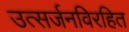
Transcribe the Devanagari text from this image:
उत्सर्जनविरहित